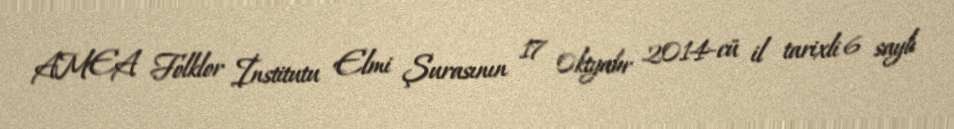
AMEA Folklor İnstitutu Elmi Şurasının 17 0ktyabr 2014-cü il tarixli 6 saylı